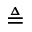
\triangleq